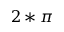
2 * \pi